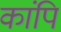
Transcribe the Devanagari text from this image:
कांपि